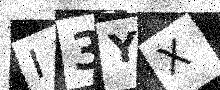
Text: I3YX